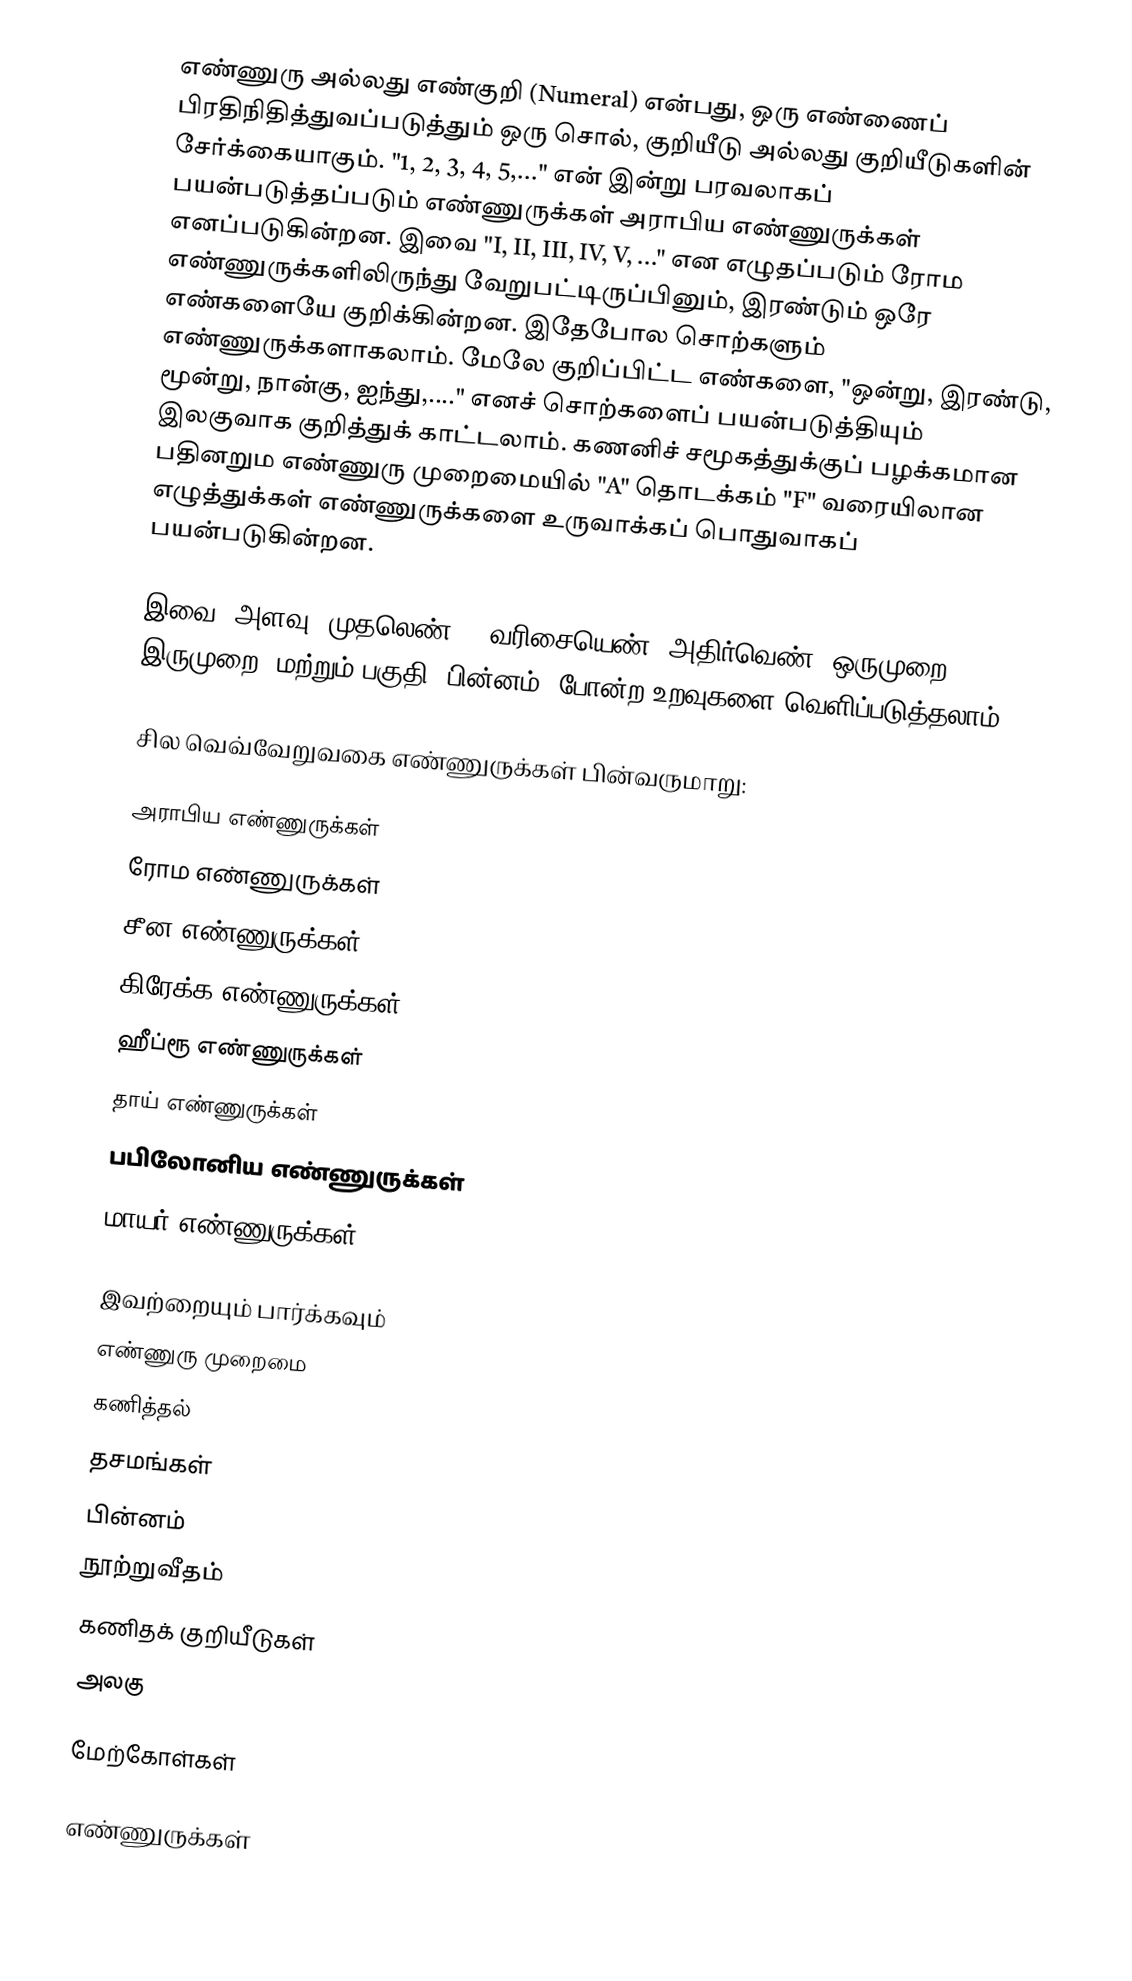
எண்ணுரு அல்லது எண்குறி (Numeral) என்பது, ஒரு எண்ணைப் பிரதிநிதித்துவப்படுத்தும் ஒரு சொல், குறியீடு அல்லது குறியீடுகளின் சேர்க்கையாகும். "1, 2, 3, 4, 5,..." என் இன்று பரவலாகப் பயன்படுத்தப்படும் எண்ணுருக்கள் அராபிய எண்ணுருக்கள் எனப்படுகின்றன. இவை "I, II, III, IV, V, ..." என எழுதப்படும் ரோம எண்ணுருக்களிலிருந்து வேறுபட்டிருப்பினும், இரண்டும் ஒரே எண்களையே குறிக்கின்றன. இதேபோல சொற்களும் எண்ணுருக்களாகலாம். மேலே குறிப்பிட்ட எண்களை, "ஒன்று, இரண்டு, மூன்று, நான்கு, ஐந்து,...." எனச் சொற்களைப் பயன்படுத்தியும் இலகுவாக குறித்துக் காட்டலாம். கணனிச் சமூகத்துக்குப் பழக்கமான பதினறும எண்ணுரு முறைமையில் "A" தொடக்கம் "F" வரையிலான எழுத்துக்கள் எண்ணுருக்களை உருவாக்கப் பொதுவாகப் பயன்படுகின்றன.

இவை, அளவு (முதலெண்) , வரிசையெண், அதிர்வெண் (ஒருமுறை, இருமுறை) மற்றும் பகுதி (பின்னம்) போன்ற உறவுகளை வெளிப்படுத்தலாம்.

சில வெவ்வேறுவகை எண்ணுருக்கள் பின்வருமாறு:

 அராபிய எண்ணுருக்கள்
 ரோம எண்ணுருக்கள்
 சீன எண்ணுருக்கள்
 கிரேக்க எண்ணுருக்கள்
 ஹீப்ரூ எண்ணுருக்கள்
 தாய் எண்ணுருக்கள்
 பபிலோனிய எண்ணுருக்கள்
 மாயர் எண்ணுருக்கள்

இவற்றையும் பார்க்கவும்
 எண்ணுரு முறைமை
 கணித்தல்
 தசமங்கள்
 பின்னம்
 நூற்றுவீதம்
 கணிதக் குறியீடுகள்
 அலகு

மேற்கோள்கள்

எண்ணுருக்கள்